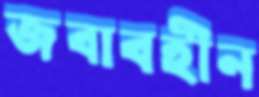
জবাবহীন